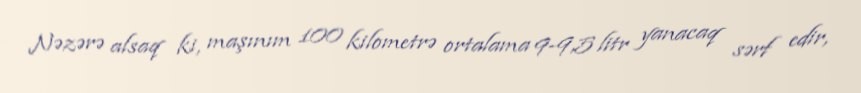
Nəzərə alsaq ki, maşınım 100 kilometrə ortalama 9-9,5 litr yanacaq sərf edir,